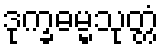
ဒုက္ခဓမ္မသုတ္တံ